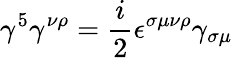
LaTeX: \gamma^{5}\gamma^{\nu\rho}={\frac{i}{2}}\epsilon^{\sigma\mu\nu\rho}\gamma_{\sigma\mu}